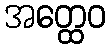
အတ္ထေဝ